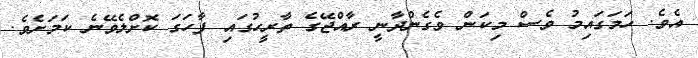
އެވެ. ހަމަގައިމު ވެސް މިކަން ވެގެންދާނީ ރާއްޖޭގެ ތާރީހުގައި ފާހަގަ ކޮށްލެވޭނެ ކަމަށެވެ.